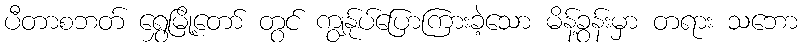
ပီတာစဘတ် ရွှေမြို့တော် တွင် ကျွန်ုပ်ပြောကြားခဲ့သော မိန့်ခွန်းမှာ တရား သဘော